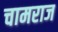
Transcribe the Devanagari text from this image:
चामराज